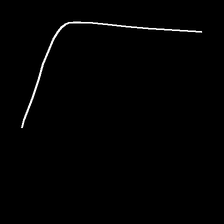
Glyph: region